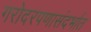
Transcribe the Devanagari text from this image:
गरोदरपणासंदर्भात